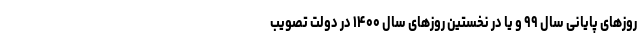
روزهای پایانی سال ۹۹ و یا در نخستین روزهای سال ۱۴۰۰ در دولت تصویب